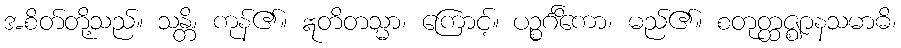
အစိတ်တို့သည်။ သန္တိ၊ ကုန်၏။ ဣတိတသ္မာ၊ ကြောင့်။ ပဉ္စင်္ဂိကော၊ မည်၏။ စတုတ္ထဇ္ဈာနသမာဓိ၊